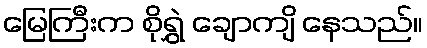
မြေကြီးက စိုရွှဲ ချောကျိ နေသည်။